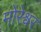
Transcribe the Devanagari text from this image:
मोरेश्र्वर